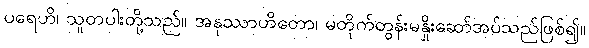
ပရေဟိ၊ သူတပါးတို့သည်။ အနုဿာဟိတော၊ မတိုက်တွန်းမနှိုးဆော်အပ်သည်ဖြစ်၍။